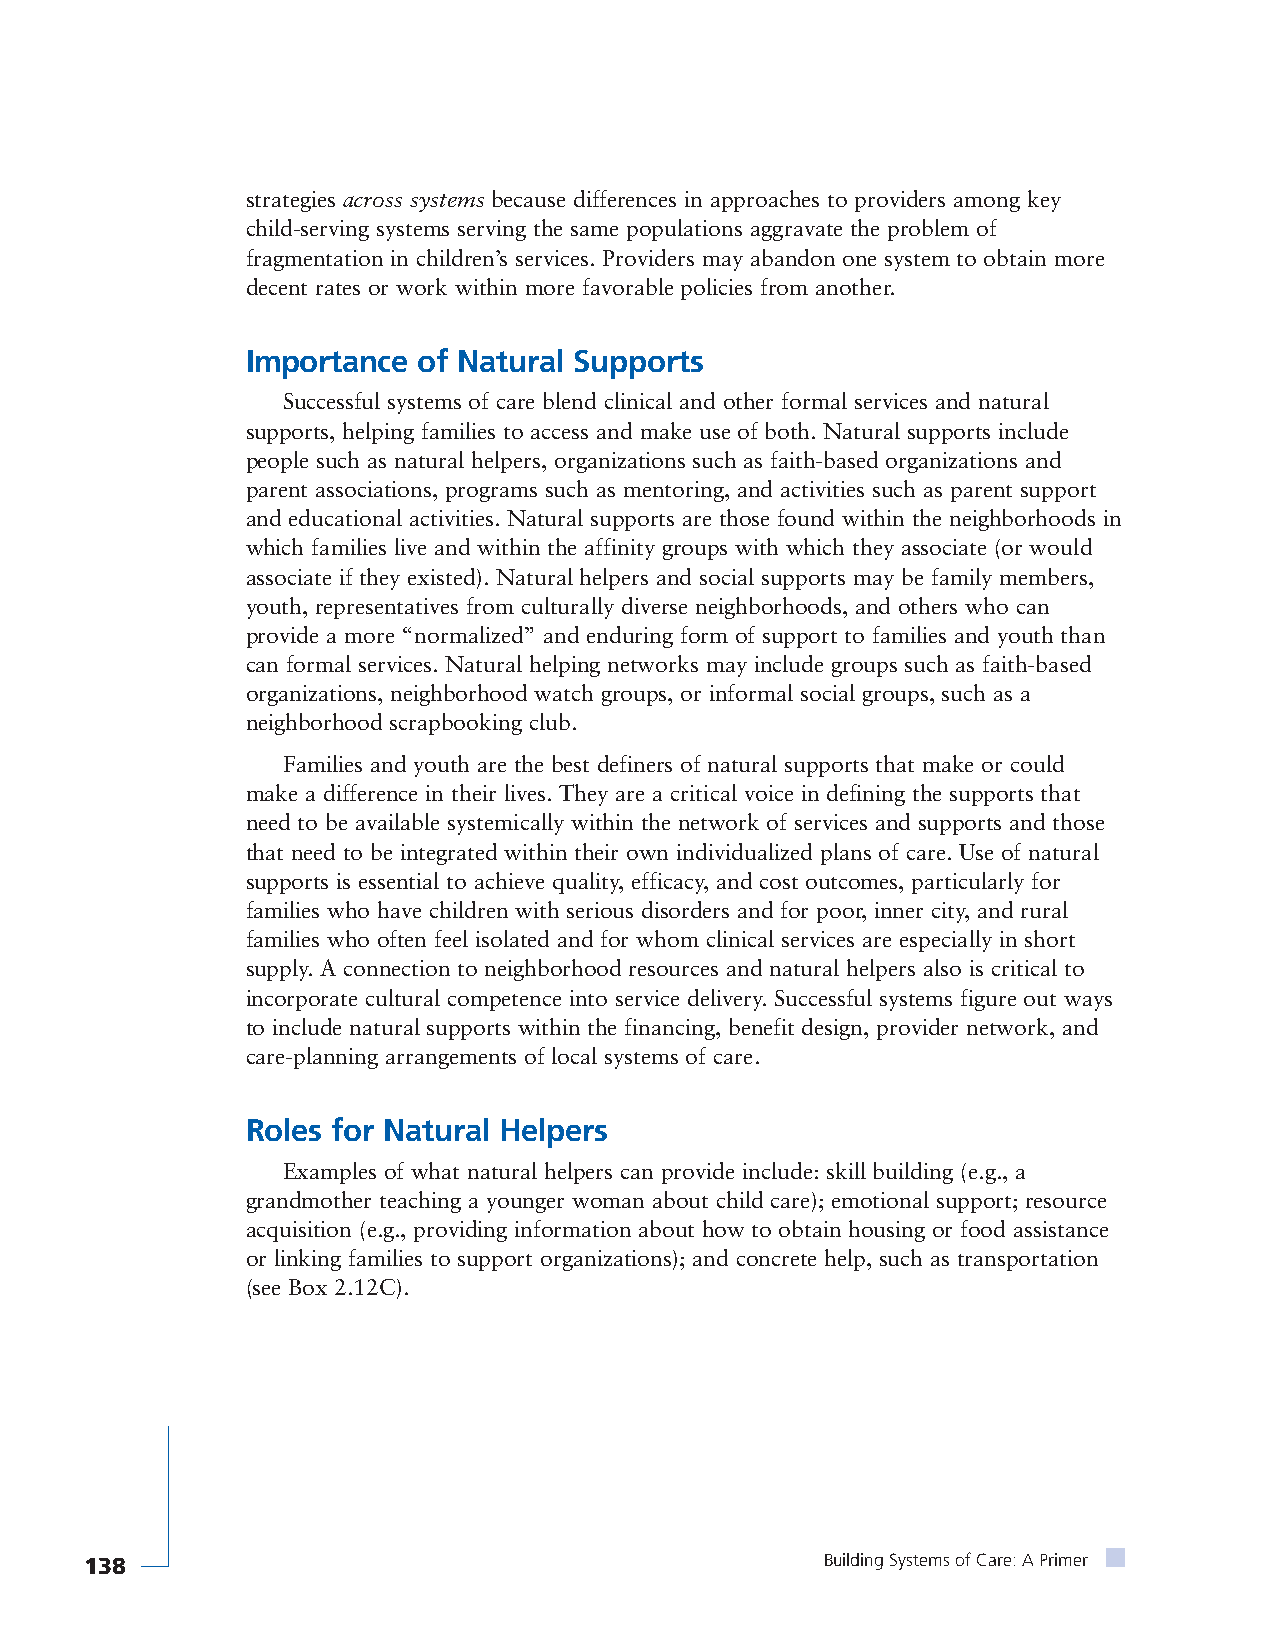
strategies across systems because differences in approaches to providers among key
 child-serving systems serving the same populations aggravate the problem of
 fragmentation in children’s services. Providers may abandon one system to obtain more
 decent rates or work within more favorable policies from another.
 Importance  of Natural Supports
 Successful systems of care blend clinical and other formal services and natural
 supports, helping families to access and make use of both. Natural supports include
 people such as natural helpers, organizations such as faith-based organizations and
 parent associations, programs such as mentoring, and activities such as parent support
 and educational activities. Natural supports are those found within the neighborhoods in
 which families live and within the affinity groups with which they associate (or would
 associate if they existed). Natural helpers and social supports may be family members,
 youth, representatives from culturally diverse neighborhoods, and others who can
 provide a more “normalized” and enduring form of support to families and youth than
 can formal services. Natural helping networks may include groups such as faith-based
 organizations, neighborhood watch groups, or informal social groups, such as a
 neighborhood scrapbooking club.
 Families and youth are the best definers of natural supports that make or could
 make a difference in their lives. They are a critical voice in defining the supports that
 need to be available systemically within the network of services and supports and those
 that need to be integrated within their own individualized plans of care. Use of natural
 supports is essential to achieve quality, efficacy, and cost outcomes, particularly for
 families who have children with serious disorders and for poor, inner city, and rural
 families who often feel isolated and for whom clinical services are especially in short
 supply. A connection to neighborhood resources and natural helpers also is critical to
 incorporate cultural competence into service delivery. Successful systems figure out ways
 to include natural supports within the financing, benefit design, provider network, and
 care-planning arrangements of local systems of care.
 Roles for Natural Helpers
 Examples of what natural helpers can provide include: skill building (e.g., a
 grandmother teaching a younger woman about child care); emotional support; resource
 acquisition (e.g., providing information about how to obtain housing or food assistance
 or linking families to support organizations); and concrete help, such as transportation
 (see Box 2.12C).
 138                                              Building Systems of Care: A Primer